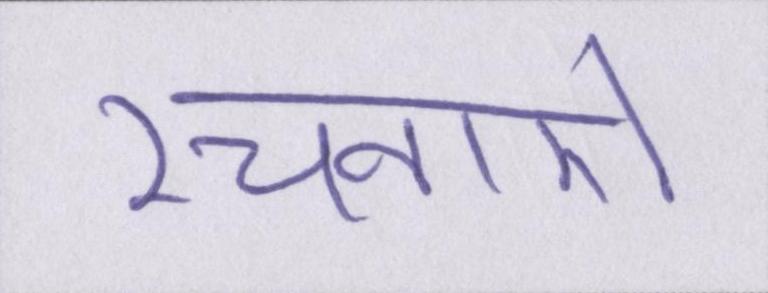
रचनाऐं